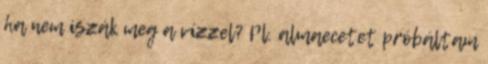
ha nem iszák meg a vízzel? Pl. almaecetet próbáltam